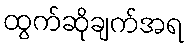
ထွက်ဆိုချက်အရ